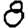
Digit: 8